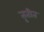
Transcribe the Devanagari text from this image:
तृतीत